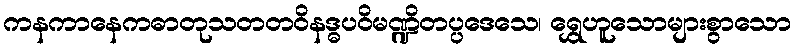
ကနကာနေကဓာတုသတတဝိနဒ္ဓပဝိမဏ္ဍိတပ္ပဒေသေ၊ ရွှေဟူသောများစွာသော